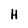
Character: H